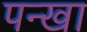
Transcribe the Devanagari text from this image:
पन्खा